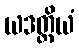
ယဒတ္ထိယံ